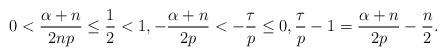
LaTeX: \begin{align*}0<\frac{\alpha+n}{2np}\leq \frac12<1 , -\frac{\alpha+n}{2p}<-\frac{\tau}{p}\leq 0, \frac{\tau}{p}-1=\frac{\alpha+n}{2p}-\frac{n}{2}.\end{align*}